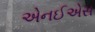
એનઈએસ